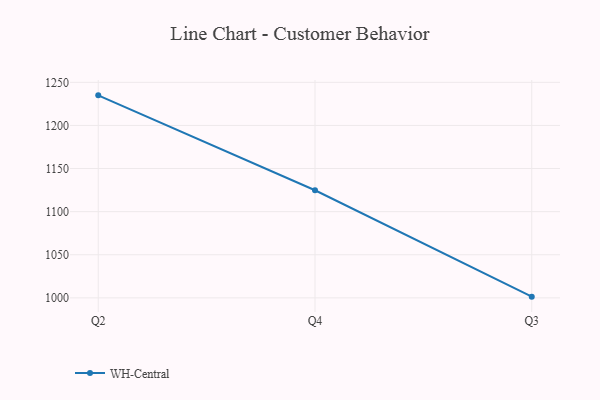
{"axis": {"x": "Quarter", "y": "Market Share (%)"}, "legend": ["WH-Central"], "data": [{"x": "Q2", "y": 1234.9, "type": "WH-Central"}, {"x": "Q4", "y": 1124.8, "type": "WH-Central"}, {"x": "Q3", "y": 1001.4, "type": "WH-Central"}]}